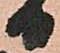
日